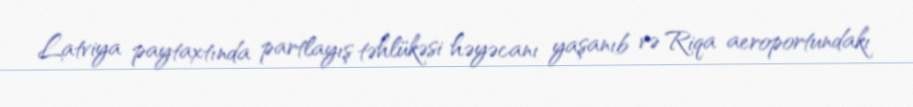
Latviya paytaxtında partlayış təhlükəsi həyəcanı yaşanıb və Riqa aeroportundakı